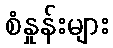
စံနှုန်းများ